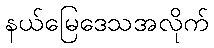
နယ်မြေဒေသအလိုက်